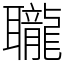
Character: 䏊